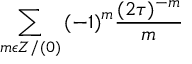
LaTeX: \sum _ { m \epsilon Z / ( 0 ) } { ( - 1 ) } ^ { m } \frac { ( 2 \tau ) ^ { - m } } { m }